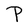
Character: P